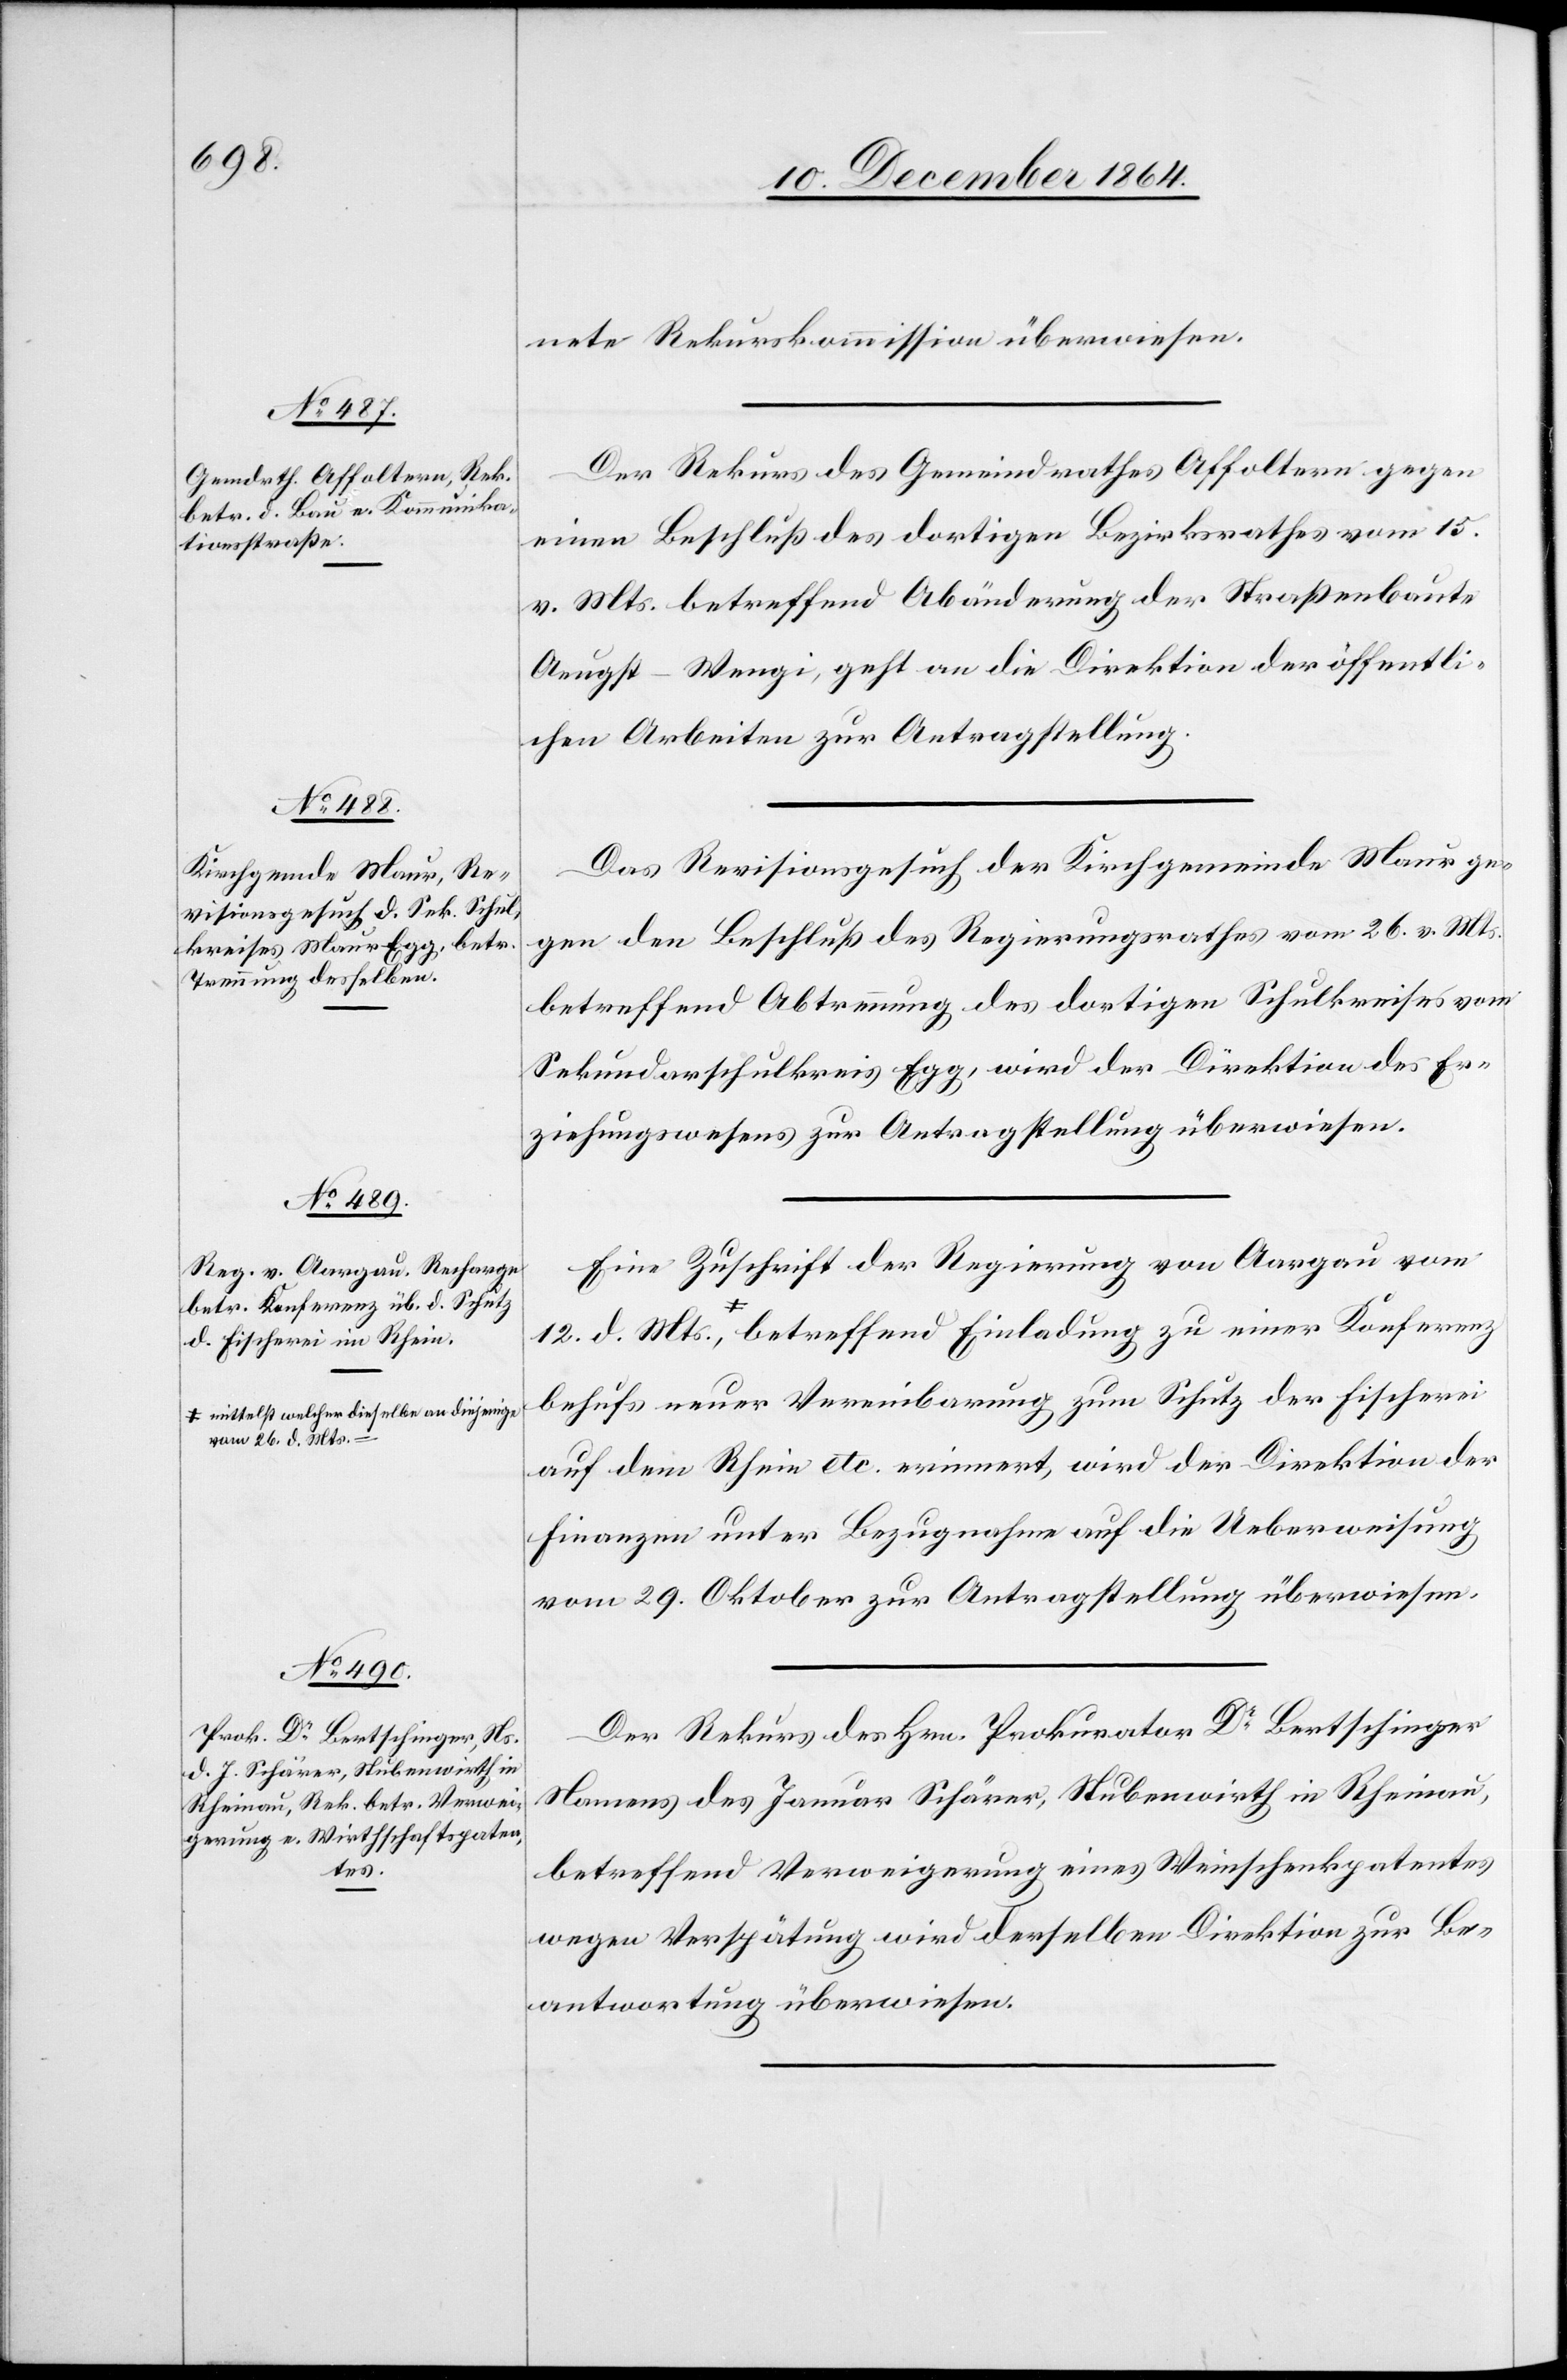
d. Mts.,
a-mittelst welcher dieselbe an diejenige
12.

14. December 1864.]
nete Rekurskommission überwiesen.
Der Rekurs des Gemeindrathes Affoltern gegen
einen Beschluß des dortigen Bezirksrathes vom 15.
v. Mts. betreffend Abänderung der Straßenbaute
Aeugst–Wengi, geht an die Direktion der öffentli¬
chen Arbeiten zur Antragstellung.
Das Revisionsgesuch der Kirchgemeinde Maur ge¬
gen den Beschluß des Regierungsrathes vom 26. v. Mts.
betreffend Abtrennung des dortigen Schulkreises vom
Sekundarschulkreis Egg, wird der Direktion des Er¬
ziehungswesens zur Antragstellung überwiesen.
Eine Zuschrift der Regierung von Aargau vom
26. d. Mts.-a betreffend Einladung zu einer Konferenz
behufs neuer Vereinbarung zum Schutz der Fischerei
auf dem Rhein etc. erinnert, wird der Direktion der
Finanzen unter Bezugnahme auf die Ueberweisung
vom 29. Oktober zur Antragstellung überwiesen.
Der Rekurs des Hrn. Prokurator Dr Bertschinger
Namens des Januar Schärer, Stubenwirth in Rheinau,
betreffend Verweigerung eines Wirthschaftspatentes
wegen Verspätung wird derselben Direktion zur Be¬
antwortung überwiesen.